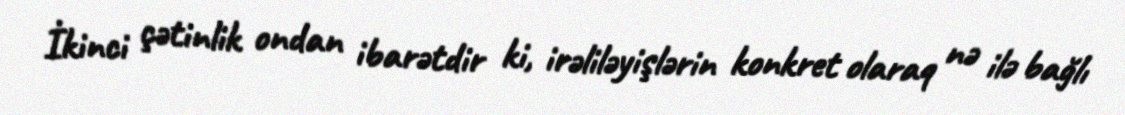
İkinci çətinlik ondan ibarətdir ki, irəliləyişlərin konkret olaraq nə ilə bağlı